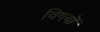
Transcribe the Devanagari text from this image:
विषयॊं